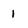
Character: 1